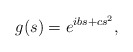
\begin{align*}g(s)=e^{i b s + c s^2},\end{align*}